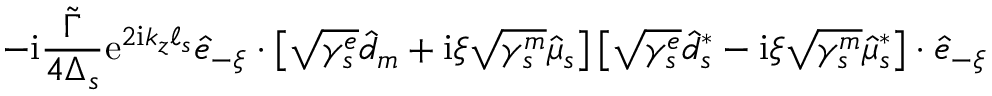
- \mathrm { i } \frac { \widetilde \Gamma } { 4 \Delta _ { s } } \mathrm { e } ^ { 2 \mathrm { i } k _ { z } \ell _ { s } } \hat { e } _ { - \xi } \cdot \left[ \sqrt { \gamma _ { s } ^ { e } } \hat { d } _ { m } + \mathrm { i } \xi \sqrt { \gamma _ { s } ^ { m } } \hat { \mu } _ { s } \right] \left[ \sqrt { \gamma _ { s } ^ { e } } \hat { d } _ { s } ^ { * } - \mathrm { i } \xi \sqrt { \gamma _ { s } ^ { m } } \hat { \mu } _ { s } ^ { * } \right] \cdot \hat { e } _ { - \xi }